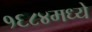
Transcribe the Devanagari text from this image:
१६८४मध्ये